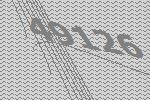
49126